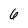
Character: 6